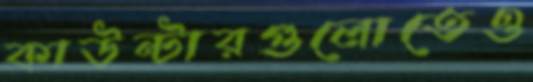
কাউন্টারগুলোতেও